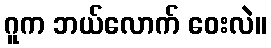
ဂူက ဘယ်လောက် ဝေးလဲ။